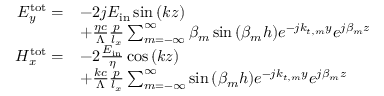
\begin{array} { r l } { E _ { y } ^ { \mathrm { t o t } } = } & { - 2 j E _ { \mathrm { i n } } \sin { \left( k z \right) } } \\ & { + \frac { \eta c } { \Lambda } \frac { p } { l _ { x } } \sum _ { m = - \infty } ^ { \infty } \beta _ { m } \sin { \left( \beta _ { m } h \right) } e ^ { - j k _ { t , m } y } e ^ { j \beta _ { m } z } } \\ { H _ { x } ^ { \mathrm { t o t } } = } & { - 2 \frac { E _ { \mathrm { i n } } } { \eta } \cos { \left( k z \right) } } \\ & { + \frac { k c } { \Lambda } \frac { p } { l _ { x } } \sum _ { m = - \infty } ^ { \infty } \sin { \left( \beta _ { m } h \right) } e ^ { - j k _ { t , m } y } e ^ { j \beta _ { m } z } } \end{array}